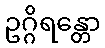
ဥဂ္ဂိရန္တော